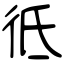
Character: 彽